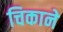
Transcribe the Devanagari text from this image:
चिकाने